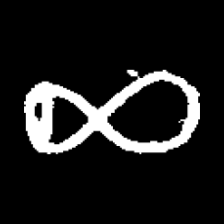
Pyu character \u2014 Myanmar letter: ဆ (romanized: cha)